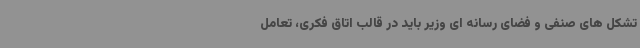
تشکل های صنفی و فضای رسانه ای وزیر باید در قالب اتاق فکری، تعامل